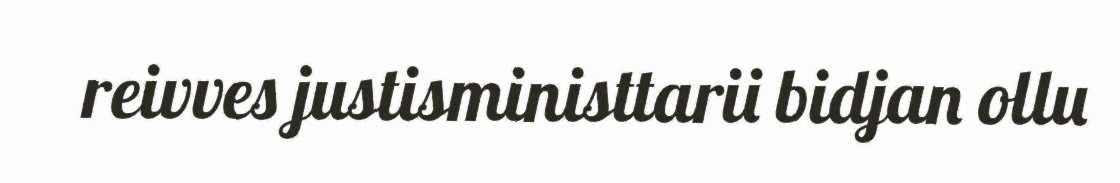
reivves justisministtarii bidjan ollu